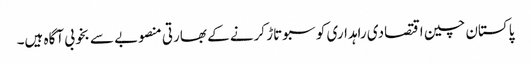
پاکستان چین اقتصادی راہداری کو سبوتاڑ کرنے کے بھارتی منصوبے سے بخوبی آگاہ ہیں۔